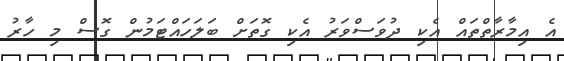
އެ އިމާރާތްތައް އެކި ދުވަސްވަރު އެކި ގޮތަށް ބަލަހައްޓަމުން ގޮސް މި ހާރު